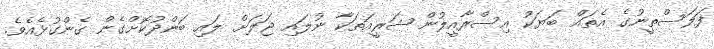
ފަލަސްތީނުގެ އެތައް ބަޔަކު އިސްރާއީލުން ޝަރީއަތަކާ ނުލައި ޖަލަށް ލައި ބަންދުކޮށްގެން ގެންގުޅެއެވެ.